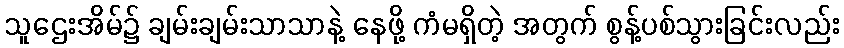
သူဌေးအိမ်၌ ချမ်းချမ်းသာသာနဲ့ နေဖို့ ကံမရှိတဲ့ အတွက် စွန့်ပစ်သွားခြင်းလည်း